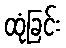
ထုံခြင်း